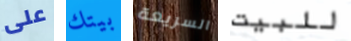
على بيتك السريعة للبيت